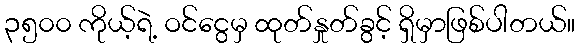
၃၅၀၀ ကိုယ့်ရဲ့ ဝင်ငွေမှ ထုတ်နှုတ်ခွင့် ရှိမှာဖြစ်ပါတယ်။